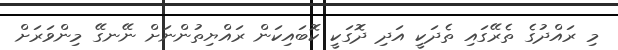
މި ރައްދުގެ ތެރޭގައި ތެދަކީ އަދި ދޮގަކީ ކޮބައިކަން ރައްޔިތުންނަށް ނޭނގޭ މިންވަރަށް